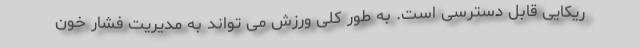
ریکایی قابل دسترسی است. به طور کلی ورزش می تواند به مدیریت فشار خون